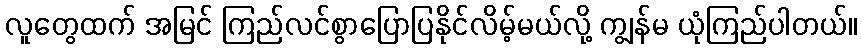
လူတွေထက် အမြင် ကြည်လင်စွာပြောပြနိုင်လိမ့်မယ်လို့ ကျွန်မ ယုံကြည်ပါတယ်။